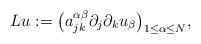
LaTeX: \begin{align*}Lu := \big(a_{jk}^{\alpha\beta}\partial_j\partial_k u_\beta \big)_{1 \leq \alpha \leq N}, \end{align*}